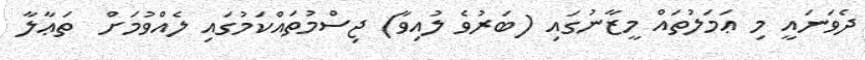
ދެވަނައީ މި ޢަމަލުތައް މީޒާނުގައި (ބަރުވެ ލުއިވާ) ޖިސްމުތައްކަމުގައި ލެއްވުމަށް  ތަޢާލާ